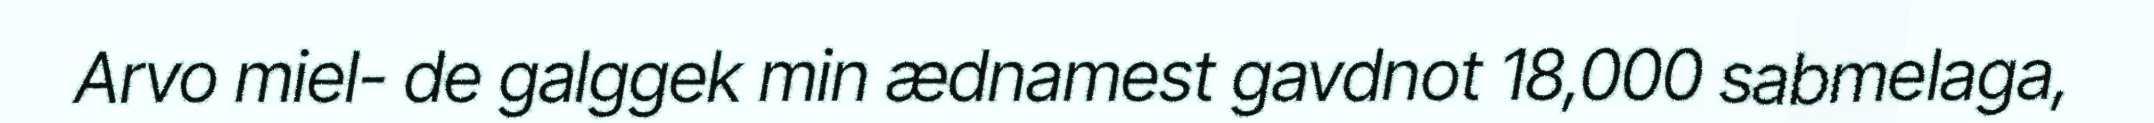
Arvo miel- de galggek min ædnamest gavdnot 18,000 sabmelaga,